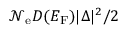
{ \mathcal N } _ { \mathrm { e } } D ( E _ { \mathrm { F } } ) | \Delta | ^ { 2 } / 2